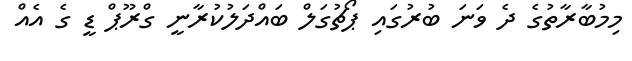
މިމުބާރާތުގެ ދެ ވަނަ ބުރުގައި ޕޯޗުގަލް ބައްދަލުކުރާނީ ގްރޫޕް ޑީ ގެ އެއް